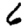
Digit: 6